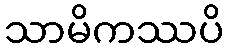
သာမိကဿပိ